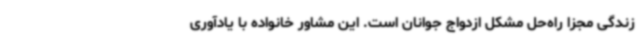
زندگی مجزا راه‌حل مشکل ازدواج جوانان است. این مشاور خانواده با یادآوری